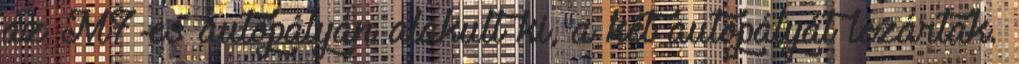
az M7-es autópályán alakult ki, a két autópályát lezárták.